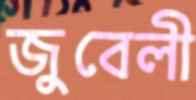
জুবেলী